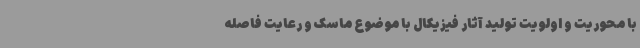
با محوریت و اولویت تولید آثار فیزیکال با موضوع ماسک و رعایت فاصله